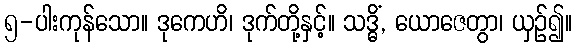
၅-ပါးကုန်သော။ ဒုကေဟိ၊ ဒုက်တို့နှင့်။ သဒ္ဓိံ, ယောဇေတွာ၊ ယှဉ်၍။